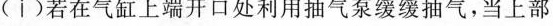
(i)若在气缸上端开口处利用抽气泵缓缓抽气，当上部